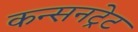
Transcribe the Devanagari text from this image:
कन्सनट्रेट